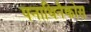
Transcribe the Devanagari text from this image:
पनाथिनैकोस